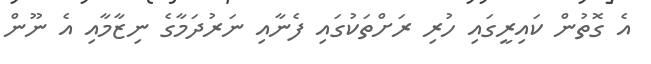
އެ ގޮތުން ކައިރީގައި ހުރި ރަށްތަކުގައި ފެނާއި ނަރުދަމާގެ ނިޒާމާއި އެ ނޫން